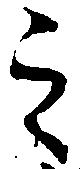
之